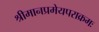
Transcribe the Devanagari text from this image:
श्रीमानप्रमेयपराक्रमः